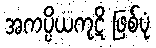
အကပ္ပိယကုဋိ ဖြစ်ပုံ